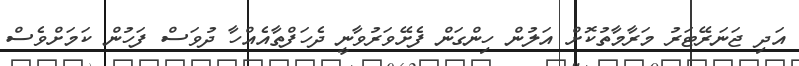
އަދި ޖަނަރޭޓަރު މަރާމާތުކޮށް އަލުން ހިންގަން ފެށޭވަރުވާނީ ދެހަފްތާއެއްހާ ދުވަސް ފަހުން ކަމަށްވެސް